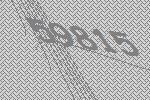
59815